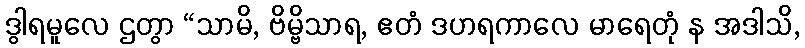
ဒွါရမူလေ ဌတွာ “သာမိ, ဗိမ္ဗိသာရ, ဧတံ ဒဟရကာလေ မာရေတုံ န အဒါသိ,